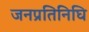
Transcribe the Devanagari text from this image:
जनप्रतिनिघि